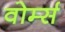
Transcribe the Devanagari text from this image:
वोर्म्स